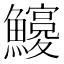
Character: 𩼵